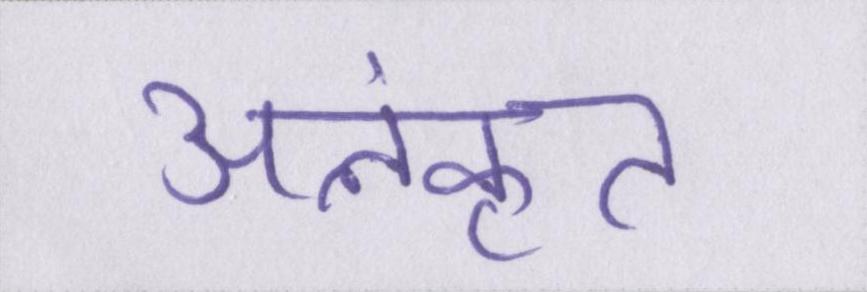
अलंकृत